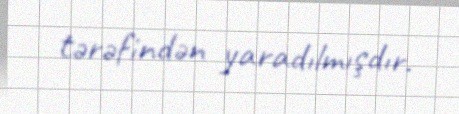
tərəfindən yaradılmışdır.